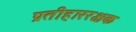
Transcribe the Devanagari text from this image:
प्रतीहाररक्षक